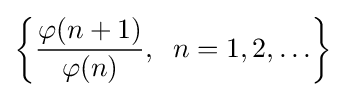
\left\{{\frac {\varphi (n+1)}{\varphi (n)}},\;\;n=1,2,\ldots \right\}